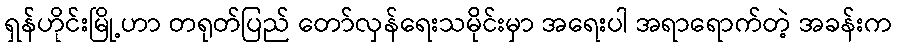
ရှန်ဟိုင်းမြို့ဟာ တရုတ်ပြည် တော်လှန်ရေးသမိုင်းမှာ အရေးပါ အရာရောက်တဲ့ အခန်းက